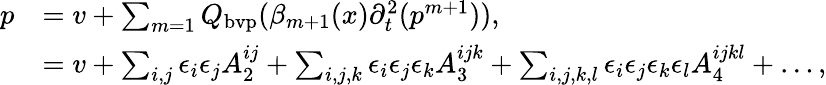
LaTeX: \begin{array}{rl}{p}&{=v+\sum_{m=1}{Q_{\mathrm{bvp}}(\beta_{m+1}(x)\partial_{t}^{2}(p^{m+1}))},}\\ &{=v+\sum_{i,j}\epsilon_{i}\epsilon_{j}A_{2}^{ij}+\sum_{i,j,k}\epsilon_{i}\epsilon_{j}\epsilon_{k}A_{3}^{ijk}+\sum_{i,j,k,l}\epsilon_{i}\epsilon_{j}\epsilon_{k}\epsilon_{l}A_{4}^{ijkl}+\dots,}\end{array}